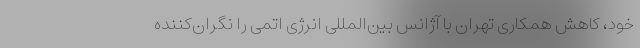
خود، کاهش همکاری تهران با آژانس بین‌المللی انرژی اتمی را نگران‌کننده